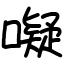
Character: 㘈